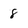
Character: 8